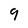
Character: 9